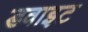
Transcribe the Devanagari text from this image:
डवाइट